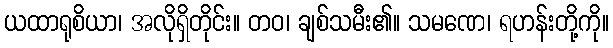
ယထာရုစိယာ၊ အလိုရှိတိုင်း။ တဝ၊ ချစ်သမီး၏။ သမဏေ၊ ရဟန်းတို့ကို။